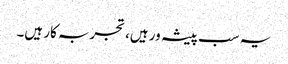
یہ سب پیشہ ور ہیں، تجربہ کار ہیں۔